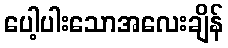
ပေါ့ပါးသောအလေးချိန်